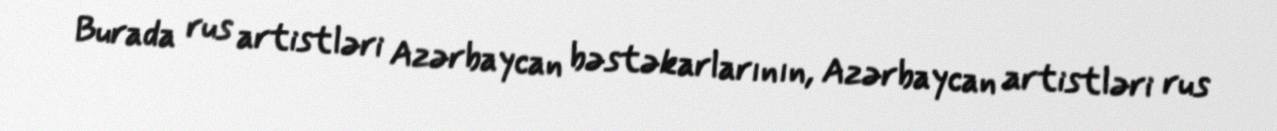
Burada rus artistləri Azərbaycan bəstəkarlarının, Azərbaycan artistləri rus